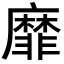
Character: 靡